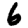
Digit: 6